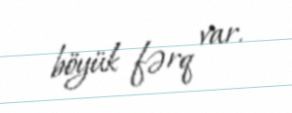
böyük fərq var.